Lock hospitals Punjab
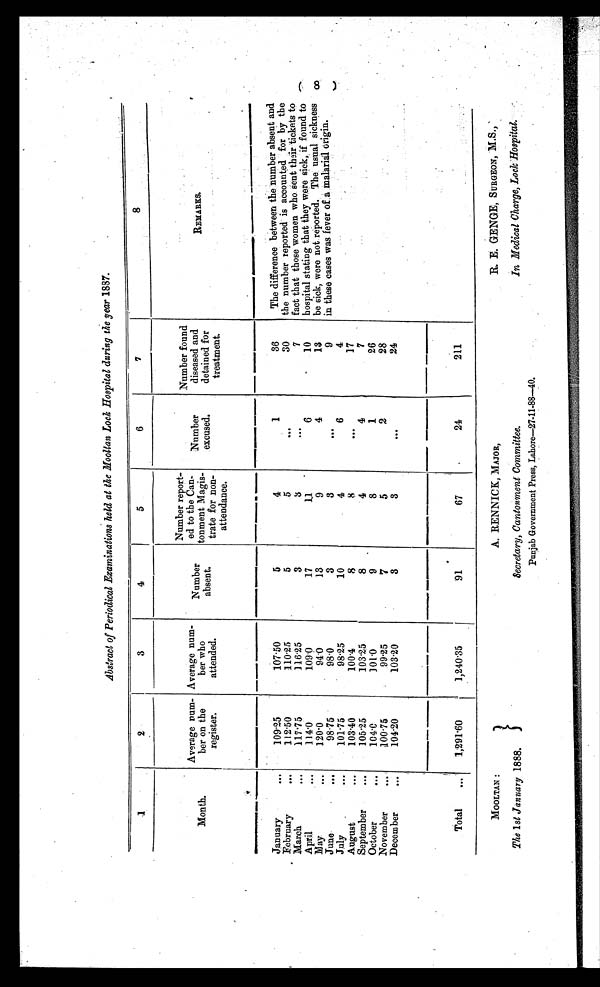
MOOLTAN :
The 1st January 1888.
A. RENNICK, MAJOR,
Secretary, Cantonment Committee.
Punjab Government Press, Lahore—27-11-88—40.
R. E. GENGE, SURGEON, M.S.,
In Medical Charge, Lock Hospital.
Abstract of Periodical Examinations held at the Mooltan Lock Hospital during the year 1887.
1
2
3
4
5
6
7
8
Month.
Average num
ber on the
register.
Average num
ber who
attended.
Number
absent.
Number report
ed to the Can
tonment Magis
trate for non
-attendance.
Number
excused.
Number found
diseased and
detained for
treatment.
REMARKS.
January
...
1 0 9 . 2 5
107.50
5
4
1
3 6
The difference between the number absent and
the number reported is accounted for by the
fact that those women who sent their tickets to
hospital stating that they were sick, if found to
be sick, were not reported. The usual sickness
in these cases was fever of a malarial origin.
February
...
112.50
110.25
5
5
. . .
30
March
...
117.75
116.25
3
3 ...
7
April
...
114.0
109.0
17
11
6
10
May
120.0
94.0
13
9
4
13
June
98.75
98.0
3
3
...
9
July
...
101.75
98.25
10
4
6
4
August ...
103.40
100.4
8
8
. . .
17
September
...
105.25
103.25
8
4
4
7
October
...
1 0 4 . 0 101.0
9
8
1
26
November
100.75
99.25
7
5
2
28
December
...
104.20
103.20
3
3
. . .
24
Total
...
1,291.60
1, 240. 35
91
67
24
211
( 8 )